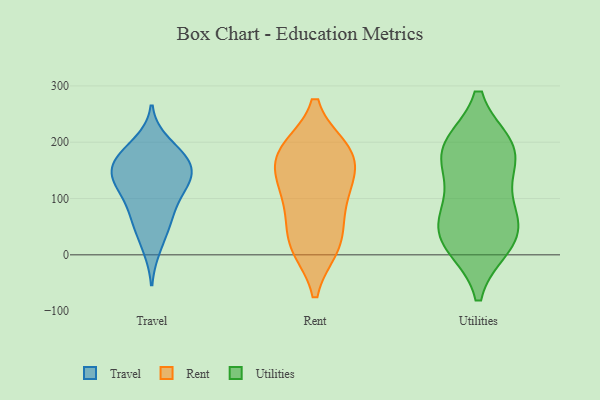
{"axis": {"x": "Tickets Resolved", "y": "Value"}, "legend": ["Rent", "Travel", "Utilities"], "data": [{"x": "", "y": 69, "type": "Travel"}, {"x": "", "y": 173, "type": "Travel"}, {"x": "", "y": 126, "type": "Travel"}, {"x": "", "y": 177, "type": "Travel"}, {"x": "", "y": 154, "type": "Travel"}, {"x": "", "y": 142, "type": "Travel"}, {"x": "", "y": 120, "type": "Travel"}, {"x": "", "y": 116, "type": "Travel"}, {"x": "", "y": 75, "type": "Travel"}, {"x": "", "y": 50, "type": "Travel"}, {"x": "", "y": 144, "type": "Travel"}, {"x": "", "y": 169, "type": "Travel"}, {"x": "", "y": 13, "type": "Travel"}, {"x": "", "y": 198, "type": "Travel"}, {"x": "", "y": 176, "type": "Rent"}, {"x": "", "y": 79, "type": "Rent"}, {"x": "", "y": 137, "type": "Rent"}, {"x": "", "y": 15, "type": "Rent"}, {"x": "", "y": 183, "type": "Rent"}, {"x": "", "y": 128, "type": "Rent"}, {"x": "", "y": 99, "type": "Rent"}, {"x": "", "y": 186, "type": "Rent"}, {"x": "", "y": 15, "type": "Rent"}, {"x": "", "y": 27, "type": "Rent"}, {"x": "", "y": 182, "type": "Rent"}, {"x": "", "y": 119, "type": "Utilities"}, {"x": "", "y": 64, "type": "Utilities"}, {"x": "", "y": 35, "type": "Utilities"}, {"x": "", "y": 191, "type": "Utilities"}, {"x": "", "y": 18, "type": "Utilities"}, {"x": "", "y": 188, "type": "Utilities"}, {"x": "", "y": 67, "type": "Utilities"}, {"x": "", "y": 178, "type": "Utilities"}, {"x": "", "y": 21, "type": "Utilities"}, {"x": "", "y": 188, "type": "Utilities"}]}